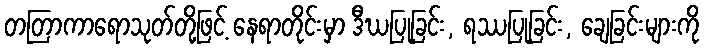
တတြာကာရောသုတ်တို့ဖြင့် နေရာတိုင်းမှာ ဒီဃပြုခြင်း, ရဿပြုခြင်း, ချေခြင်းများကို